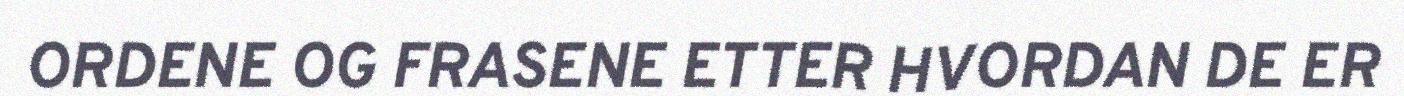
ORDENE OG FRASENE ETTER HVORDAN DE ER